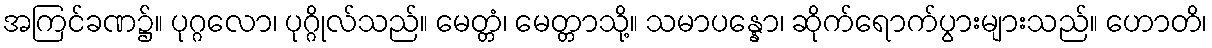
အကြင်ခဏ၌။ ပုဂ္ဂလော၊ ပုဂ္ဂိုလ်သည်။ မေတ္တံ၊ မေတ္တာသို့။ သမာပန္နော၊ ဆိုက်ရောက်ပွားများသည်။ ဟောတိ၊